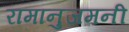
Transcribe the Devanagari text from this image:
रामानुजमनी